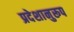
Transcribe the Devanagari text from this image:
प्रदेशानुरूप